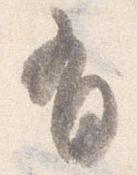
有